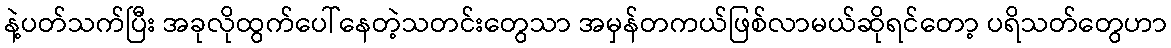
နဲ့ပတ်သက်ပြီး အခုလိုထွက်ပေါ်နေတဲ့သတင်းတွေသာ အမှန်တကယ်ဖြစ်လာမယ်ဆိုရင်တော့ ပရိသတ်တွေဟာ